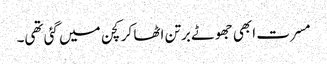
مسرت ابھی جھوٹے برتن اٹھا کر کچن میں گئی تھی۔